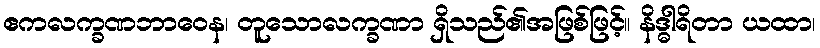
ဧကလက္ခဏဘာဝေန၊ တူသောလက္ခဏာ ရှိသည်၏အဖြစ်ဖြင့်။ နိဒ္ဓါရိတာ ယထာ၊